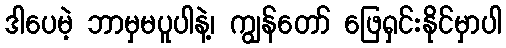
ဒါပေမဲ့ ဘာမှမပူပါနဲ့၊ ကျွန်တော် ဖြေရှင်းနိုင်မှာပါ